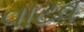
વાટવ